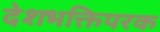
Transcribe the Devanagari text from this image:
देशभक्तिपरक